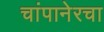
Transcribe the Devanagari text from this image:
चांपानेरचा